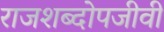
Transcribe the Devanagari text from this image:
राजशब्दोपजीवी